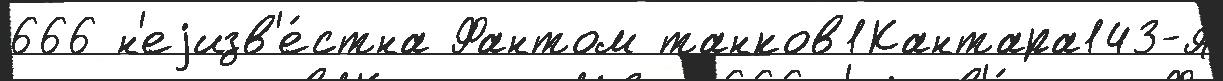
666 н'еjизв'е́стна Фантом танков1Кантара143-я